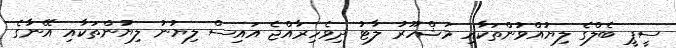
ސީޕީ ބެލްގެ ލިޔުއްވުންތަކާއި މަޝްހޫރު ލާޓު ދިވެހިރާއްޖެ އައިސް ލިޔުނު ލިޔުންތަކާއި އޭނާގެ